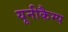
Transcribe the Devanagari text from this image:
यूनीकैम्प